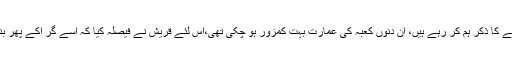
جس زمانے کا ذکر ہم کر رہے ہیں، اُن دنوں کعبہ کی عمارت بہت کمزور ہو چکی تھی،اس لئے قریش نے فیصلہ کیا کہ اسے گر اکے پھر بنایا جائے۔